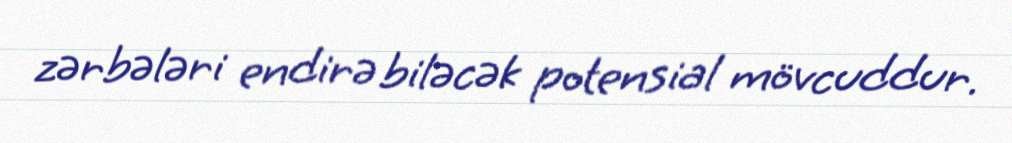
zərbələri endirə biləcək potensial mövcuddur.